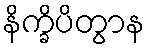
နိက္ခိပိတွာန